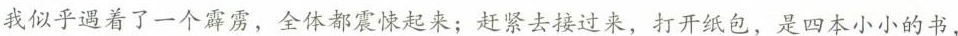
我似乎遇着了一个霹雳，全体都震悚起来；赶紧去接过来，打开纸包，是四本小小的书，